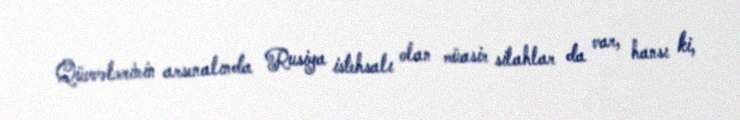
Qüvvələrinin arsenalında Rusiya istehsalı olan müasir silahlar da var, hansı ki,